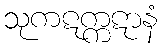
သုကဋက္ကဋာနံ